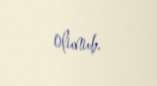
olunub.